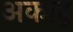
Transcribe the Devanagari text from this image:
अकाद्